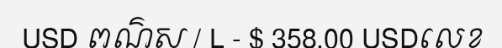
USD ពណ៌ស / L - $ 358.00 USDលេខ